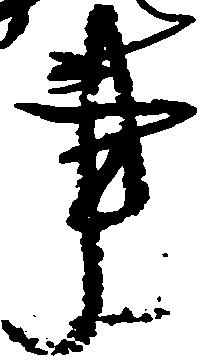
事